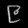
Digit: ၉